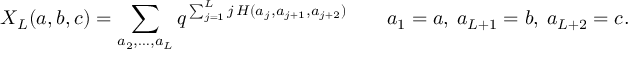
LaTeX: X _ { L } ( a , b , c ) = \sum _ { a _ { 2 } , \ldots , a _ { L } } q ^ { \, \sum _ { j = 1 } ^ { L } j \, H ( a _ { j } , a _ { j + 1 } , a _ { j + 2 } ) } \qquad a _ { 1 } = a , \: a _ { L + 1 } = b , \: a _ { L + 2 } = c .